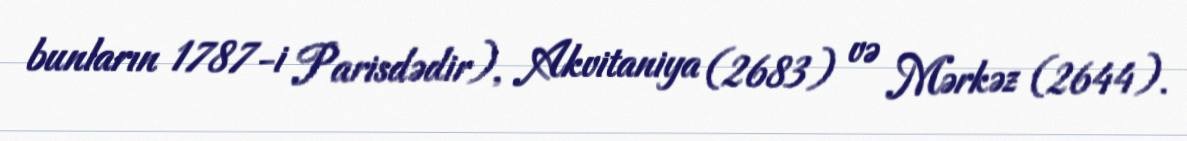
bunların 1787-i Parisdədir), Akvitaniya (2683) və Mərkəz (2644).